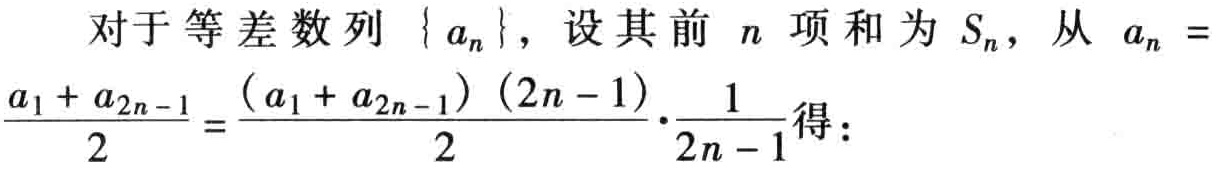
对于等差数列\(\{ a_{n}\}\)，设其前\(n\)项和为\(S_{n}\)，从\(a_{n} = \frac{a_{1} + a_{2n - 1}}{2}=\frac{(a_{1} + a_{2n - 1})(2n - 1)}{2}\cdot\frac{1}{2n - 1}\)得：